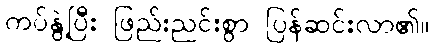
ကပ်နွဲ့ပြီး ဖြည်းညင်းစွာ ပြန်ဆင်းလာ၏။